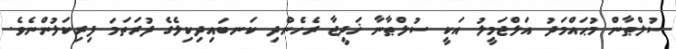
ސުލްޠާން މުޙައްމަދު އަލްޖަމީލު އަކީ ސުލްޠާނާ ޚަދީޖާ ރެހެންދި ކަނބައިދިކިލެގެ ފުރަތަމަ ފިރިކަލުންނެވެ.